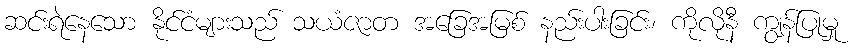
ဆင်းရဲနေသော နိုင်ငံများသည် သယံဇာတ အခြေအမြစ် နည်းပါးခြင်း၊ ကိုလိုနီ ကျွန်ပြုမှု